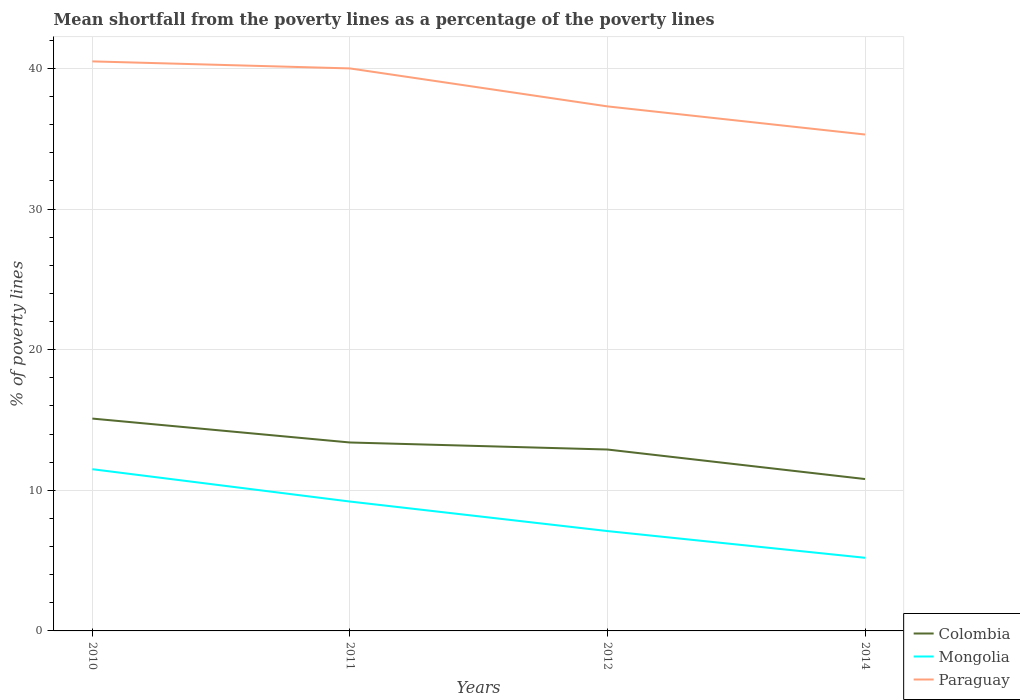
| Years | Colombia | Mongolia | Paraguay |
 | --- | --- | --- | --- |
 | 2010 | 15.1 | 11.5 | 40.5 |
 | 2011 | 13.4 | 9.2 | 40 |
 | 2012 | 12.9 | 7.1 | 37.3 |
 | 2014 | 10.8 | 5.2 | 35.3 |